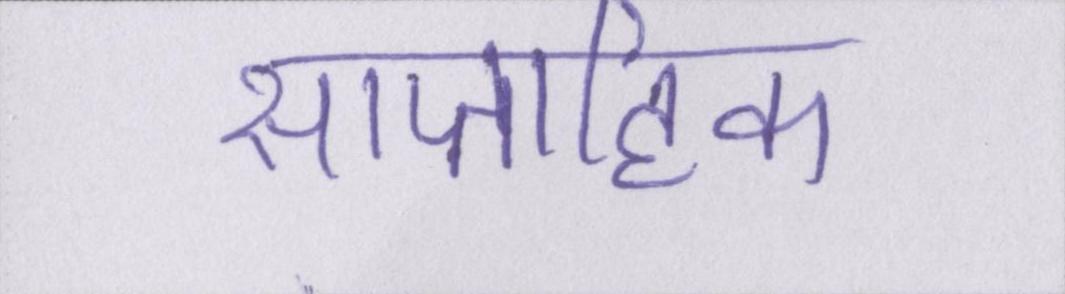
साप्ताहिक